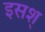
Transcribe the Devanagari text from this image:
इसश्